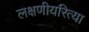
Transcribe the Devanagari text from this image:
लक्षणीयरित्या